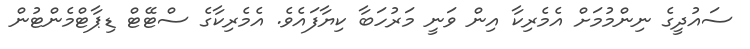
ސައުދީގެ ނިންމުމަށް އެމެރިކާ އިން ވަނީ މަރުހަބާ ކިޔާފައެވެ. އެމެރިކާގެ ސްޓޭޓް ޑިޕާޓްމެންޓުން